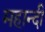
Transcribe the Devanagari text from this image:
महान्दी